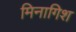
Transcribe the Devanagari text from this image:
मिनागिश